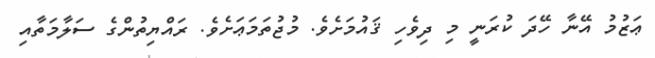
ޢަޒުމު އޭނާ ހޭދަ ކުރަނީ މި ދިވެހި ޤައުމަށެވެ. މުޖުތަމަޢަށެވެ. ރައްޔިތުންގެ ސަލާމަތާއި